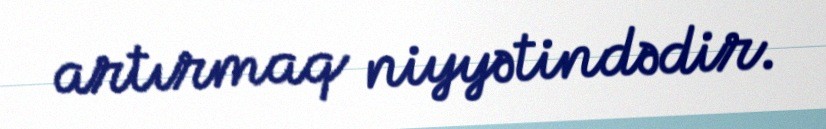
artırmaq niyyətindədir.